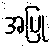
အပြု